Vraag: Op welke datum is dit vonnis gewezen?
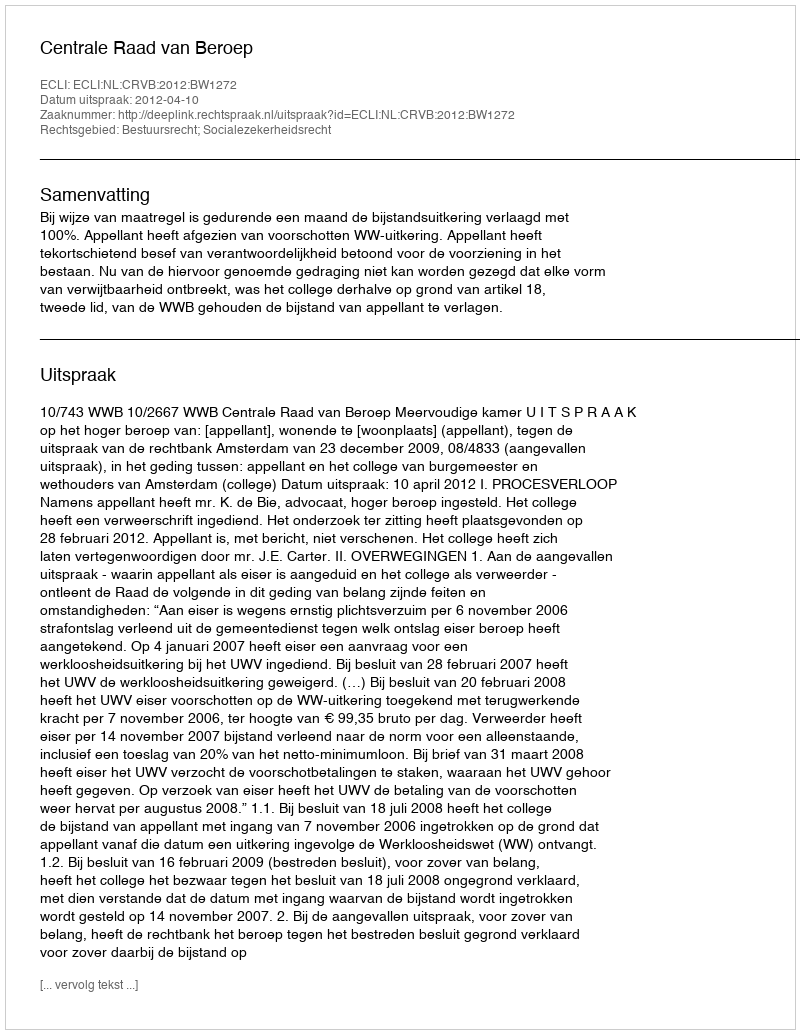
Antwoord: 2012-04-10